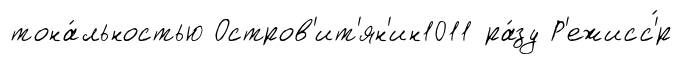
тона́льностью Остров'ит'ян'ин1011 ра́зу Р'ежисс'́р